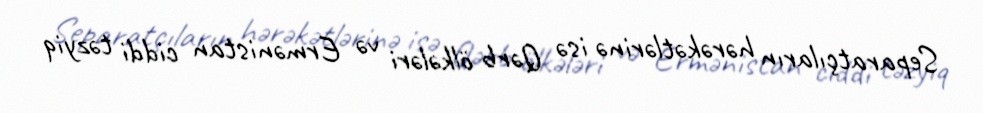
Separatçıların hərəkətlərinə isə Qərb ölkələri və Ermənistan ciddi təzyiq